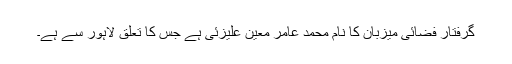
گرفتار فضائی میزبان کا نام محمد عامر معین علیزئی ہے جس کا تعلق لاہور سے ہے۔